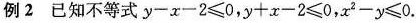
例2 已经不等式y-x-2<=0,y+x-2<=0,x^2-y<=0.